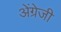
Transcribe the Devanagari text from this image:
अेंग्रेजी